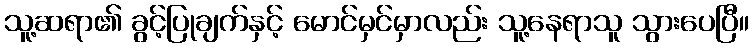
သူ့ဆရာ၏ ခွင့်ပြုချက်နှင့် မောင်မှင်မှာလည်း သူ့နေရာသူ သွားပေပြီ။